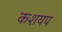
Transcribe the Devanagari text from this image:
कशयप